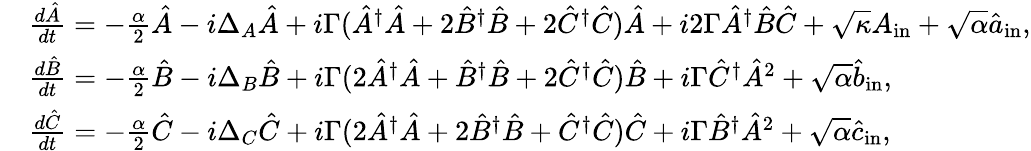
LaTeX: \begin{array}{rl}&{\frac{d\hat{A}}{dt}=-\frac{\alpha}{2}\hat{A}-i\Delta_{A}\hat{A}+i\Gamma(\hat{A}^{\dagger}\hat{A}+2\hat{B}^{\dagger}\hat{B}+2\hat{C}^{\dagger}\hat{C})\hat{A}+i2\Gamma\hat{A}^{\dagger}\hat{B}\hat{C}+\sqrt{\kappa}A_{\mathrm{in}}+\sqrt{\alpha}\hat{a}_{\mathrm{in}},}\\ &{\frac{d\hat{B}}{dt}=-\frac{\alpha}{2}\hat{B}-i\Delta_{B}\hat{B}+i\Gamma(2\hat{A}^{\dagger}\hat{A}+\hat{B}^{\dagger}\hat{B}+2\hat{C}^{\dagger}\hat{C})\hat{B}+i\Gamma\hat{C}^{\dagger}\hat{A}^{2}+\sqrt{\alpha}\hat{b}_{\mathrm{in}},}\\ &{\frac{d\hat{C}}{dt}=-\frac{\alpha}{2}\hat{C}-i\Delta_{C}\hat{C}+i\Gamma(2\hat{A}^{\dagger}\hat{A}+2\hat{B}^{\dagger}\hat{B}+\hat{C}^{\dagger}\hat{C})\hat{C}+i\Gamma\hat{B}^{\dagger}\hat{A}^{2}+\sqrt{\alpha}\hat{c}_{\mathrm{in}},}\end{array}